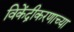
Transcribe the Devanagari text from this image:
विकेंद्रीकरणाच्या